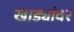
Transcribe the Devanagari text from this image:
खाड्यांवर